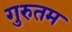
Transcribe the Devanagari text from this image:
गुरुतम